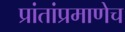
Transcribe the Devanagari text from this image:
प्रांतांप्रमाणेच